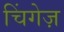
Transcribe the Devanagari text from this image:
चिंगेज़